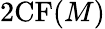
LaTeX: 2\mathrm{CF}(M)